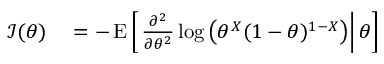
\begin{array} { r l } { { \mathcal { I } } ( \theta ) } & { { } = - \operatorname { E } \left[ \left. { \frac { \partial ^ { 2 } } { \partial \theta ^ { 2 } } } \log \left( \theta ^ { X } ( 1 - \theta ) ^ { 1 - X } \right) \right| \theta \right] } \end{array}